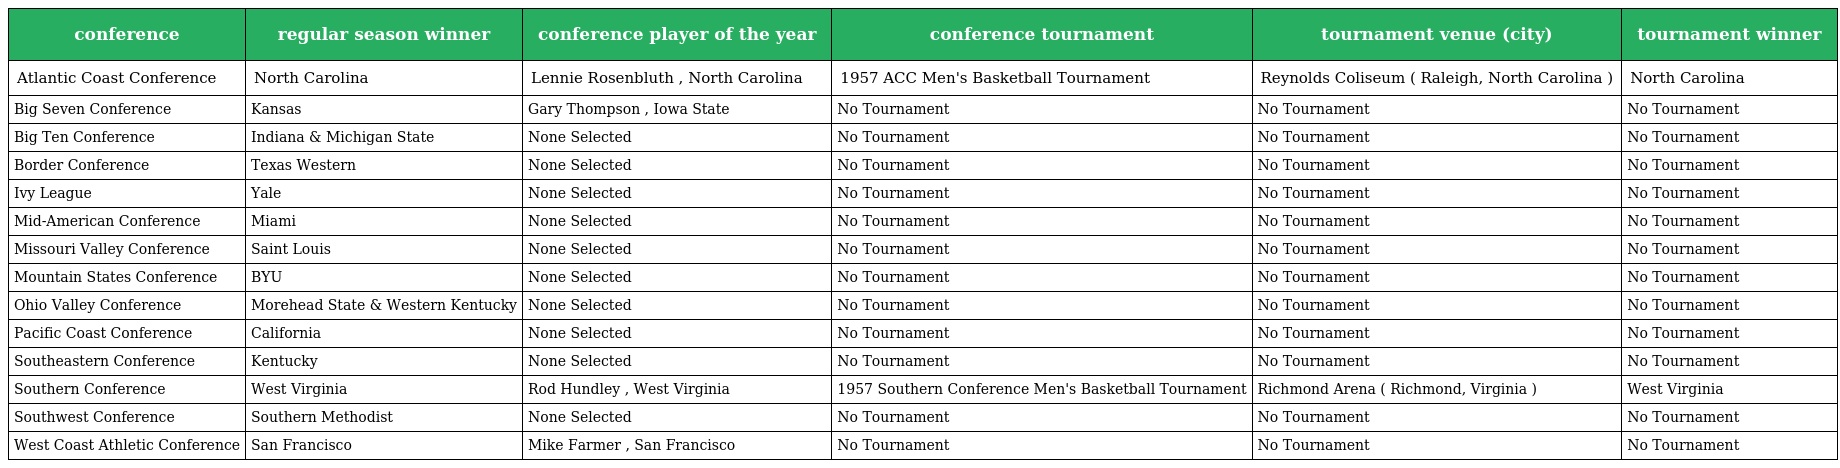
| conference | regular season winner | conference player of the year | conference tournament | tournament venue (city) | tournament winner |
 | --- | --- | --- | --- | --- | --- |
 | Atlantic Coast Conference | North Carolina | Lennie Rosenbluth , North Carolina | 1957 ACC Men's Basketball Tournament | Reynolds Coliseum ( Raleigh, North Carolina ) | North Carolina |
 | Big Seven Conference | Kansas | Gary Thompson , Iowa State | No Tournament | No Tournament | No Tournament |
 | Big Ten Conference | Indiana & Michigan State | None Selected | No Tournament | No Tournament | No Tournament |
 | Border Conference | Texas Western | None Selected | No Tournament | No Tournament | No Tournament |
 | Ivy League | Yale | None Selected | No Tournament | No Tournament | No Tournament |
 | Mid-American Conference | Miami | None Selected | No Tournament | No Tournament | No Tournament |
 | Missouri Valley Conference | Saint Louis | None Selected | No Tournament | No Tournament | No Tournament |
 | Mountain States Conference | BYU | None Selected | No Tournament | No Tournament | No Tournament |
 | Ohio Valley Conference | Morehead State & Western Kentucky | None Selected | No Tournament | No Tournament | No Tournament |
 | Pacific Coast Conference | California | None Selected | No Tournament | No Tournament | No Tournament |
 | Southeastern Conference | Kentucky | None Selected | No Tournament | No Tournament | No Tournament |
 | Southern Conference | West Virginia | Rod Hundley , West Virginia | 1957 Southern Conference Men's Basketball Tournament | Richmond Arena ( Richmond, Virginia ) | West Virginia |
 | Southwest Conference | Southern Methodist | None Selected | No Tournament | No Tournament | No Tournament |
 | West Coast Athletic Conference | San Francisco | Mike Farmer , San Francisco | No Tournament | No Tournament | No Tournament |